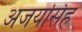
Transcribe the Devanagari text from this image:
अजयसिंह